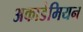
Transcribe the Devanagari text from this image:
अकाडेमियन